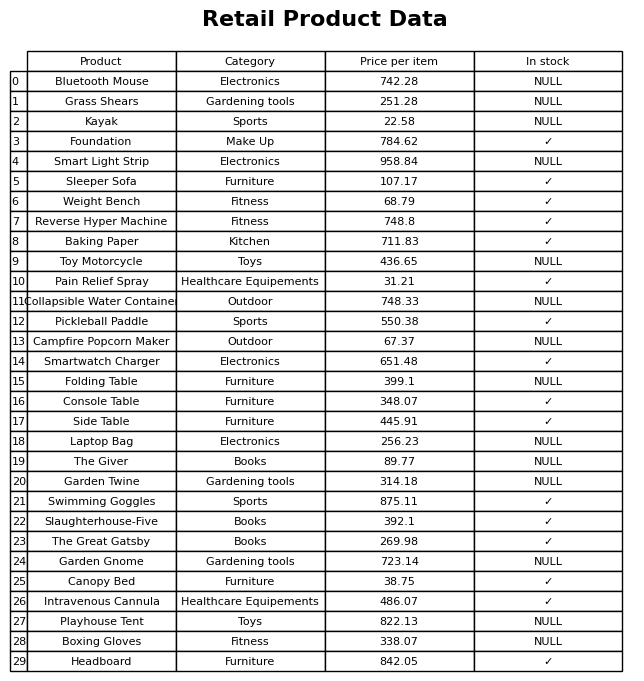
question: Is the Canopy Bed in stock?
answer: ✓